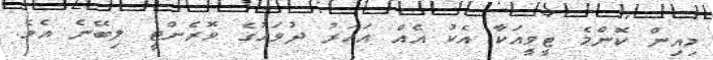
މިއިން ކޮންމެ ޓީވީއަކާ އެކު އެއް އަހަރު ދުވަހުގެ ވޮރެންޓީ ލިބޭނެ އެވެ.